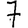
Digit: 7